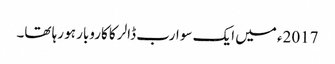
2017ء میں ایک سو ارب ڈالر کا کاروبار ہو رہا تھا۔